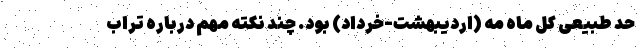
حد طبیعی کل ماه مه (اردیبهشت-خرداد) بود. چند نکته مهم درباره تراب